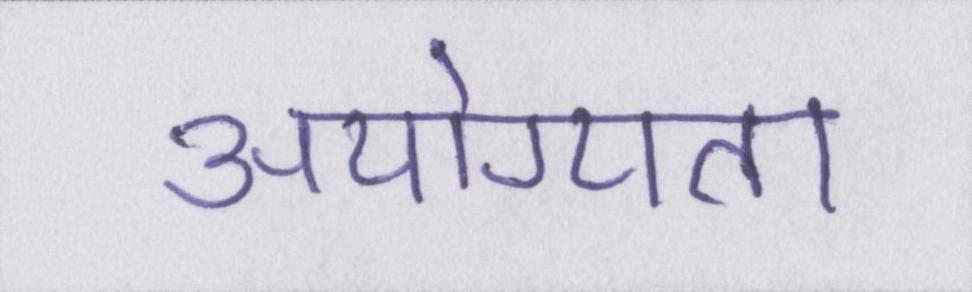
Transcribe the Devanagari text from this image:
अयोग्यता